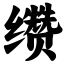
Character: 缵